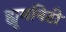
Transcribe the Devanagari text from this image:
ह्यूमनिटी